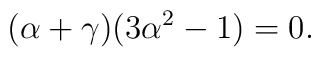
(\alpha + \gamma) (3\alpha^2 - 1) = 0.